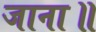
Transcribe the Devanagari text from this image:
जाना॥